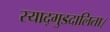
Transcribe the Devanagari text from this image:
स्याद्गुडदालिता।